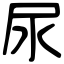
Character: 尿